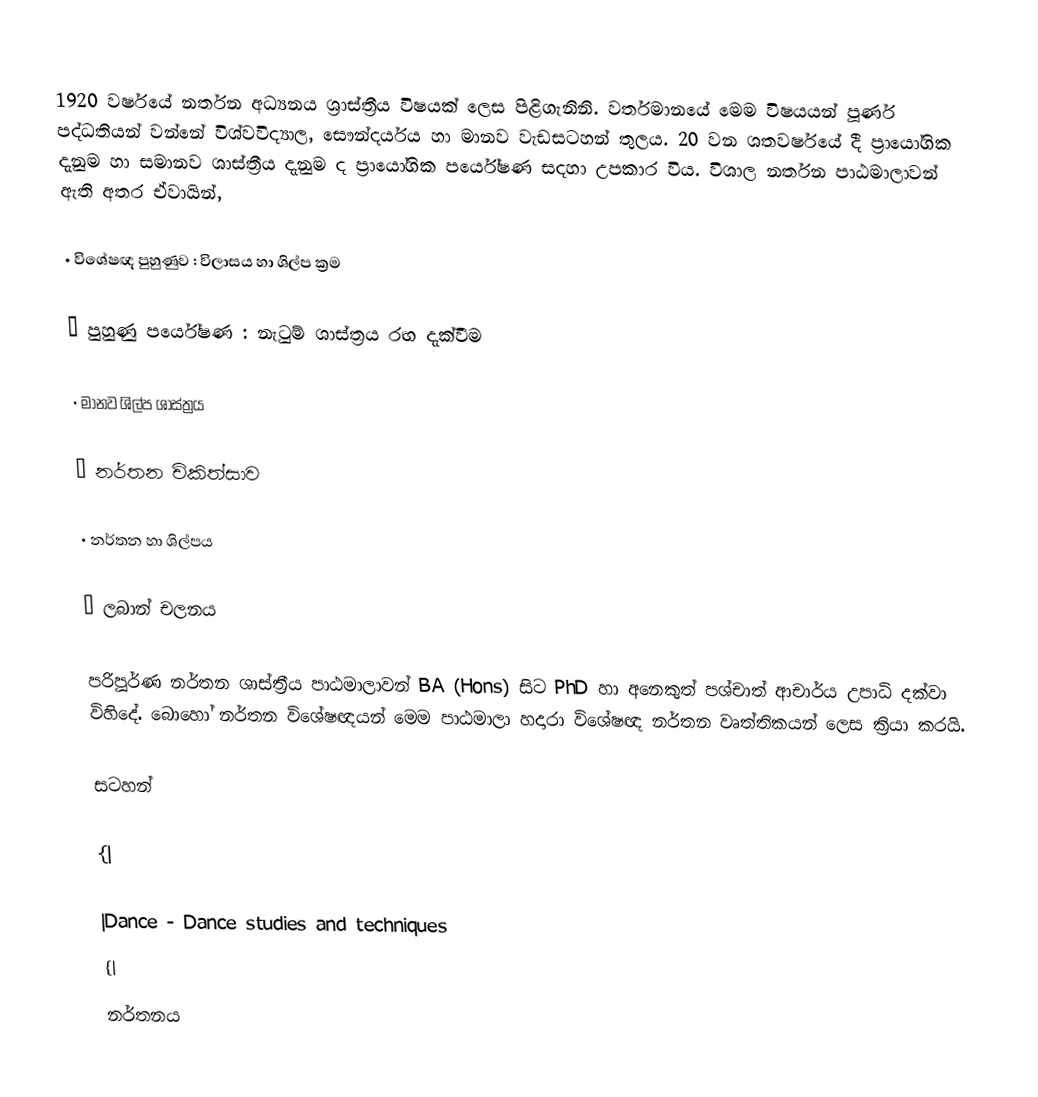
1920 වර්ෂයේ නර්තන අධ්‍යනය ශ්‍රාස්ත්‍රීය විෂයක් ලෙස පිළිගැනිනි. වර්තමානයේ මෙම විෂයයන් පූර්ණ පද්ධතියන් වන්නේ විශ්වවිද්‍යාල, සෞන්දර්යය හා මානව වැඩසටහන් තුලය. 20 වන ශතවර්ෂයේ දී ප්‍රායෝගික දැනුම හා සමානව ශාස්ත්‍රීය දැනුම ද ප්‍රායෝගික පර්යේෂණ සදහා උපකාර විය. විශාල නර්තන පාඨමාලාවන් ඇති අතර ඒවායින්,

• විශේෂඥ පුහුණුව : විලාසය හා ශිල්ප ක්‍රම

• පුහුණු පර්යේෂණ : නැටුම් ශාස්ත්‍රය රඟ දැක්වීම

• මානව ශිල්ප ශාස්ත්‍රය

• නර්තන චිකිත්සාව

• නර්තන හා ශිල්පය

• ලබාන් චලනය

පරිපූර්ණ නර්තන ශාස්ත්‍රීය පාඨමාලාවන් BA (Hons) සිට PhD හා අනෙකුත් පශ්චාත් ආචාර්ය උපාධි දක්වා විහිදේ. බොහෝ නර්තන විශේෂඥයන් මෙම පාඨමාලා හදාරා විශේෂඥ නර්තන වෘත්තිකයන් ලෙස ක්‍රියා කරයි.

සටහන්

{|

|Dance - Dance studies and techniques
{|
නර්තනය